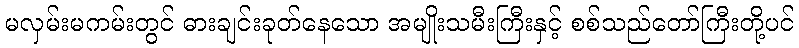
မလှမ်းမကမ်းတွင် ဓားချင်းခုတ်နေသော အမျိုးသမီးကြီးနှင့် စစ်သည်တော်ကြီးတို့ပင်